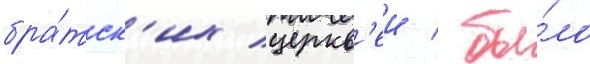
бра́тск'их церкв'еи / бы́ло